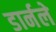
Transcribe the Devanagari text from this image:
डार्नले